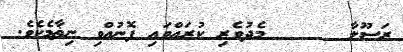
ރަސޫލާ      މެދުވެރި ކުރައްވައި ފޮނުއްވި ނިޡާމެކެވެ.